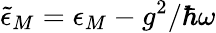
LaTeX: \tilde{\epsilon}_{M}=\epsilon_{M}-g^{2}/\hbar\omega